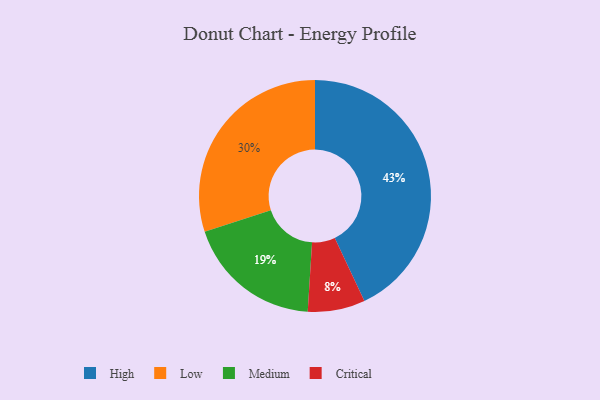
{"axis": {"x": "Category", "y": "Percentage"}, "legend": ["Critical", "High", "Low", "Medium"], "data": [{"x": "Medium", "y": 19, "type": "Medium"}, {"x": "Critical", "y": 8, "type": "Critical"}, {"x": "Low", "y": 30, "type": "Low"}, {"x": "High", "y": 43, "type": "High"}]}